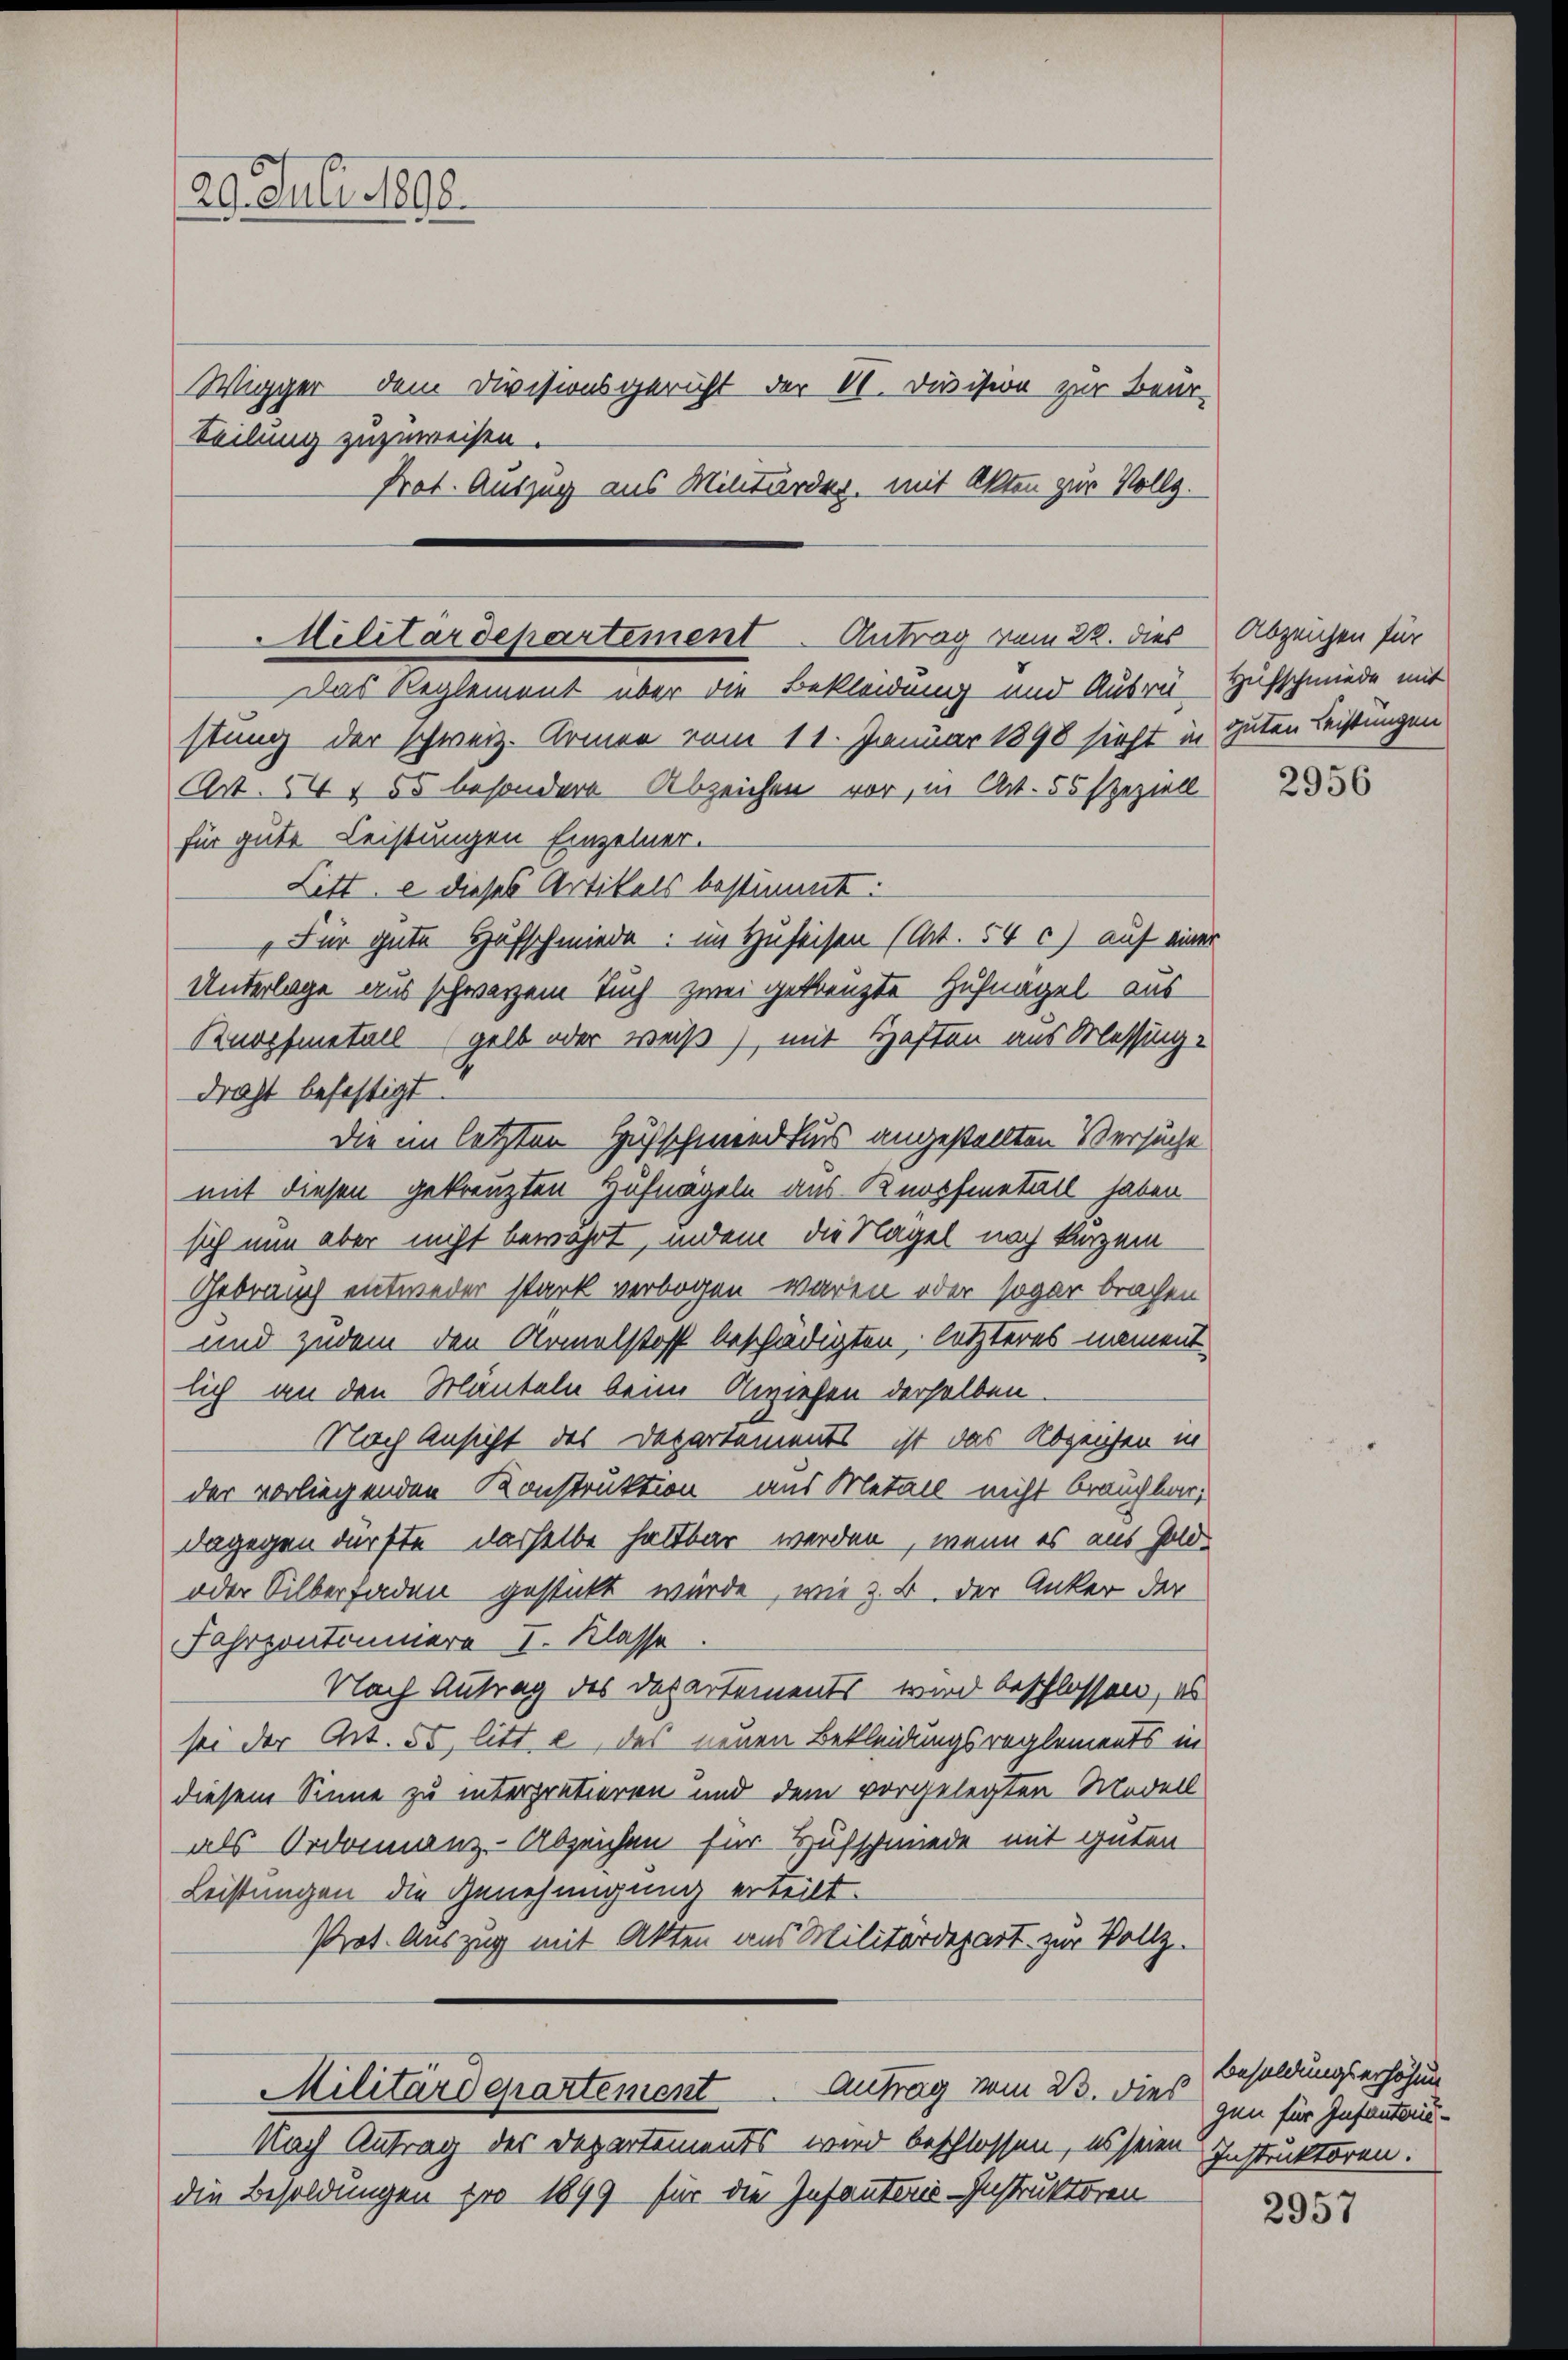
29. Juli 1890.

Militärdepartement Antrag vom 22. dies
Das Reglement über die Bekleidung und Ausrü-
stung der schweiz. Armee vom 11. Januar 1898 sieht in guten Leistungen
Art. 54 f 55 besondere Abzeichen vor, in Art. 55 speziell
für gute Leistungen Einzelner.

Teilung zuzuweisen.
Prot. Auszug aus Militärder, mit Akten zur Vollz.

Wigger dem Divisionsgericht der 10. Division zur Beur-

Litt. e dieses Artikels bestimmt:
Für gute Hufschmiede: in Hufeisen (Art. 54 c) auf einer
Unterlage aus schwarzem Tuch zwei gekreuzte Hufnagel aus
Knopfmetall gelb oder weiß) mit Haften aus Messingdraht befestigt
die im letzten Hufschwendtens angestellten Versuche
mit diesen gekreuzten Hufnageln aus Knopfmetall haben
sich nun aber nicht bewahrt, indem die Nägel noch kurzem
Gebrauch entweder stark verbogen waren oder sogar brachen
und zudem den Armelstoff beschädigten, letzteres nament
lich an den Mänteln beim Anziehen derselben
Nach Ansicht des Departements ist das Abzensen in
der vorliegenden Konstruktion aus Metall nicht brauchbar,
dagegen dürfte dasselbe haltbar werden, wenn es aus Gold-
oder Silberfaden gestickt würde, wie z. B. der Anker der
Fahrzontonniere I. Klasse
Nach Antrag des Departements wird beschlossen, als
sei der Art. 55 litt. e, das neuen Bekleidungsreglements in
diesem Sinne zu interpratieren und dem vorgelegten Modell
als Ordonnanz-Abzeichen für Hufschmiede mit guten
Leistungen die Genehmigung erteilt.
Prot. Auszug mit Akten aus Militärdepart zur Vollz
Militärdepartement Antrag vom 23. dies gen für Infanten¬
Nach Antrag des Departements wird beschlossen, es seien Instruktoren.
die Besoldungen pro 1899 für die Infanterie-Instruktoren

Abzeichen für
Hufschmiede mit

2956

Besoldungserhöhun

2957